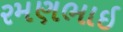
રમણભાઇ